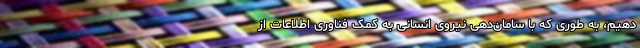
دهیم، به طوری که با سامان‌دهی نیروی انسانی به کمک فناوری اطلاعات از